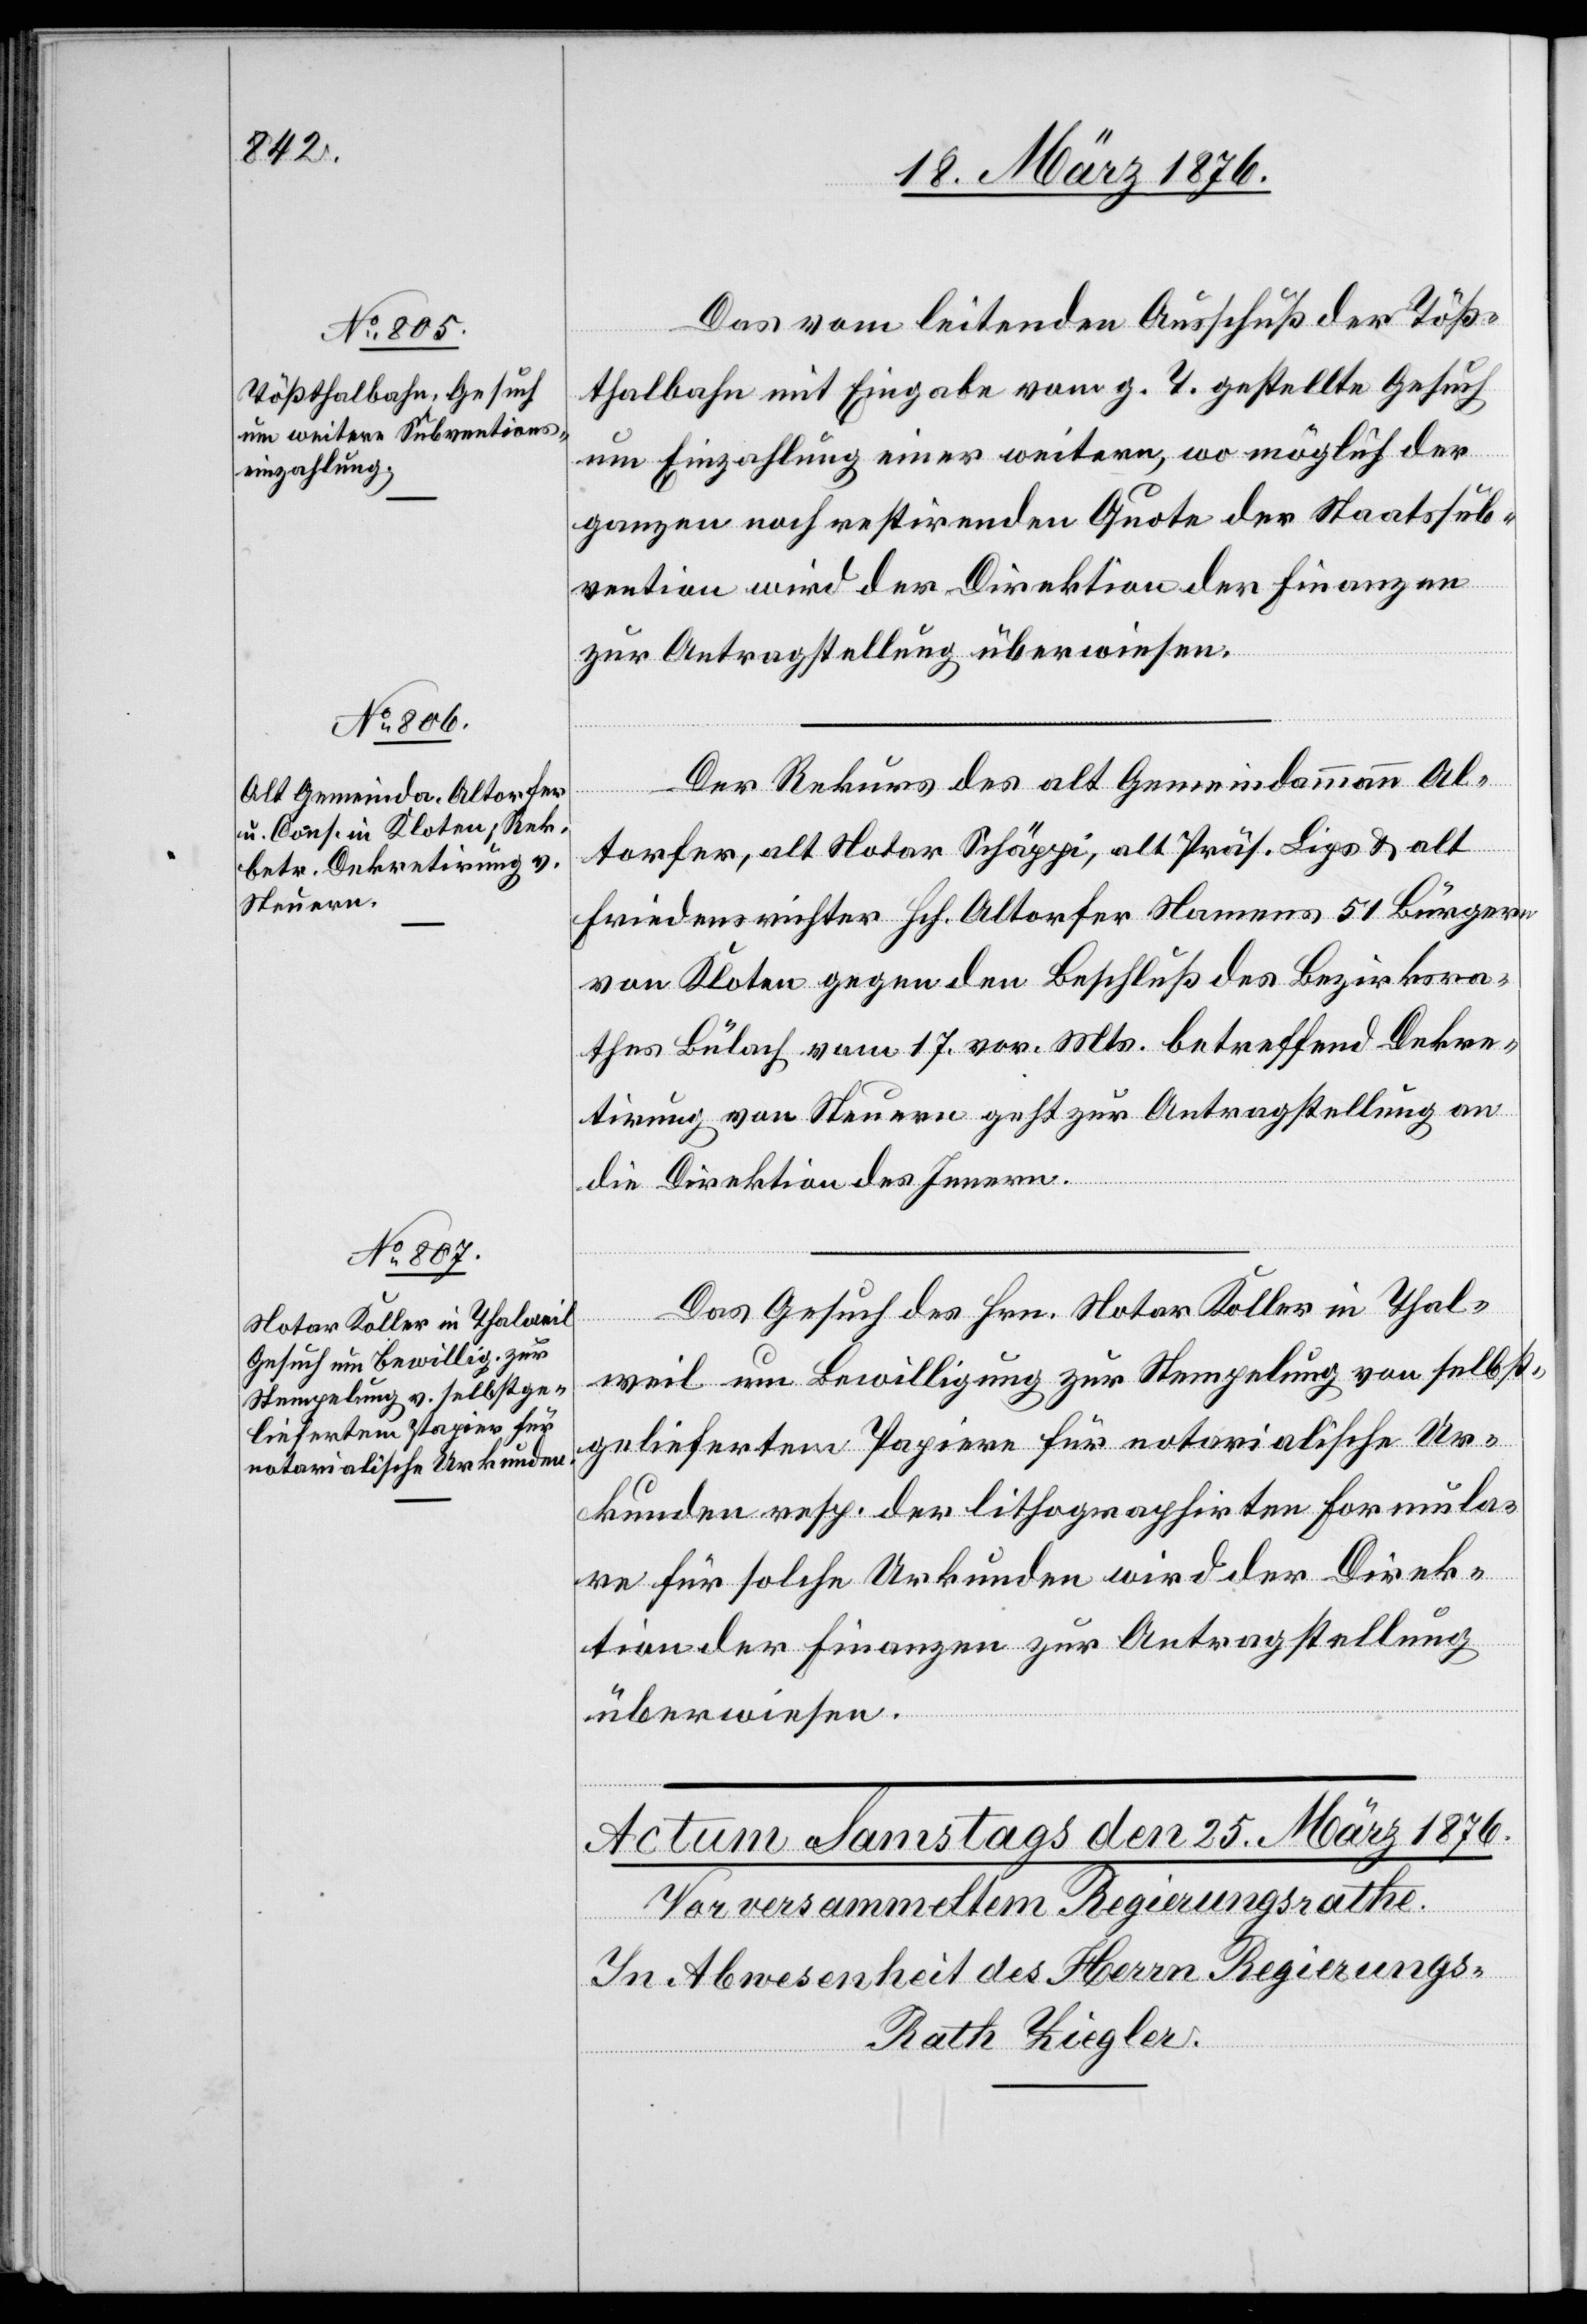
24. März 1876.]
Das vom leitenden Ausschuß der Töß¬
thalbahn mit Eingabe vom g. T. gestellte Gesuch
um Einzahlung einer weitern, womöglich der
ganzen noch restirenden Quote der Staatssub¬
vention wird der Direktion der Finanzen
zur Antragstellung überwiesen.
Der Rekurs des alt Gemeindeammann Al¬
torfer, alt Notar Schäppi, alt Präs. Lips & alt
Friedensrichter Hch. Altorfer Namens 51 Bürgern
von Bülach vom 17. vor. Mts. betreffend Dekre¬
tirung von Steuern geht zur Antragstellung an
die Direktion des Innern.
Das Gesuch des Hrn. Notar Koller in Thal¬
weil um Bewilligung zur Stempelung von selbst¬
geliefertem Papier für notarialische Ur¬
kunden resp. der lithographirten Formula¬
re für solche Gemeinden wird der Direk¬
tion der Finanzen zur Antragstellung
überwiesen.